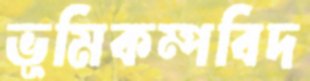
ভূমিকম্পবিদ